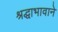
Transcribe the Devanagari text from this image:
श्रद्धाभावाने